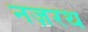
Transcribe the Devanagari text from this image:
नज़रथ